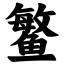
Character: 鳘